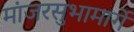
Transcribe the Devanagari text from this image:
मांजरसुभामार्गे